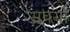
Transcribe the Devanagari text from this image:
सपर्या